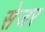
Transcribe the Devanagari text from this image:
सेजर